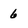
Character: 6